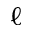
\ell